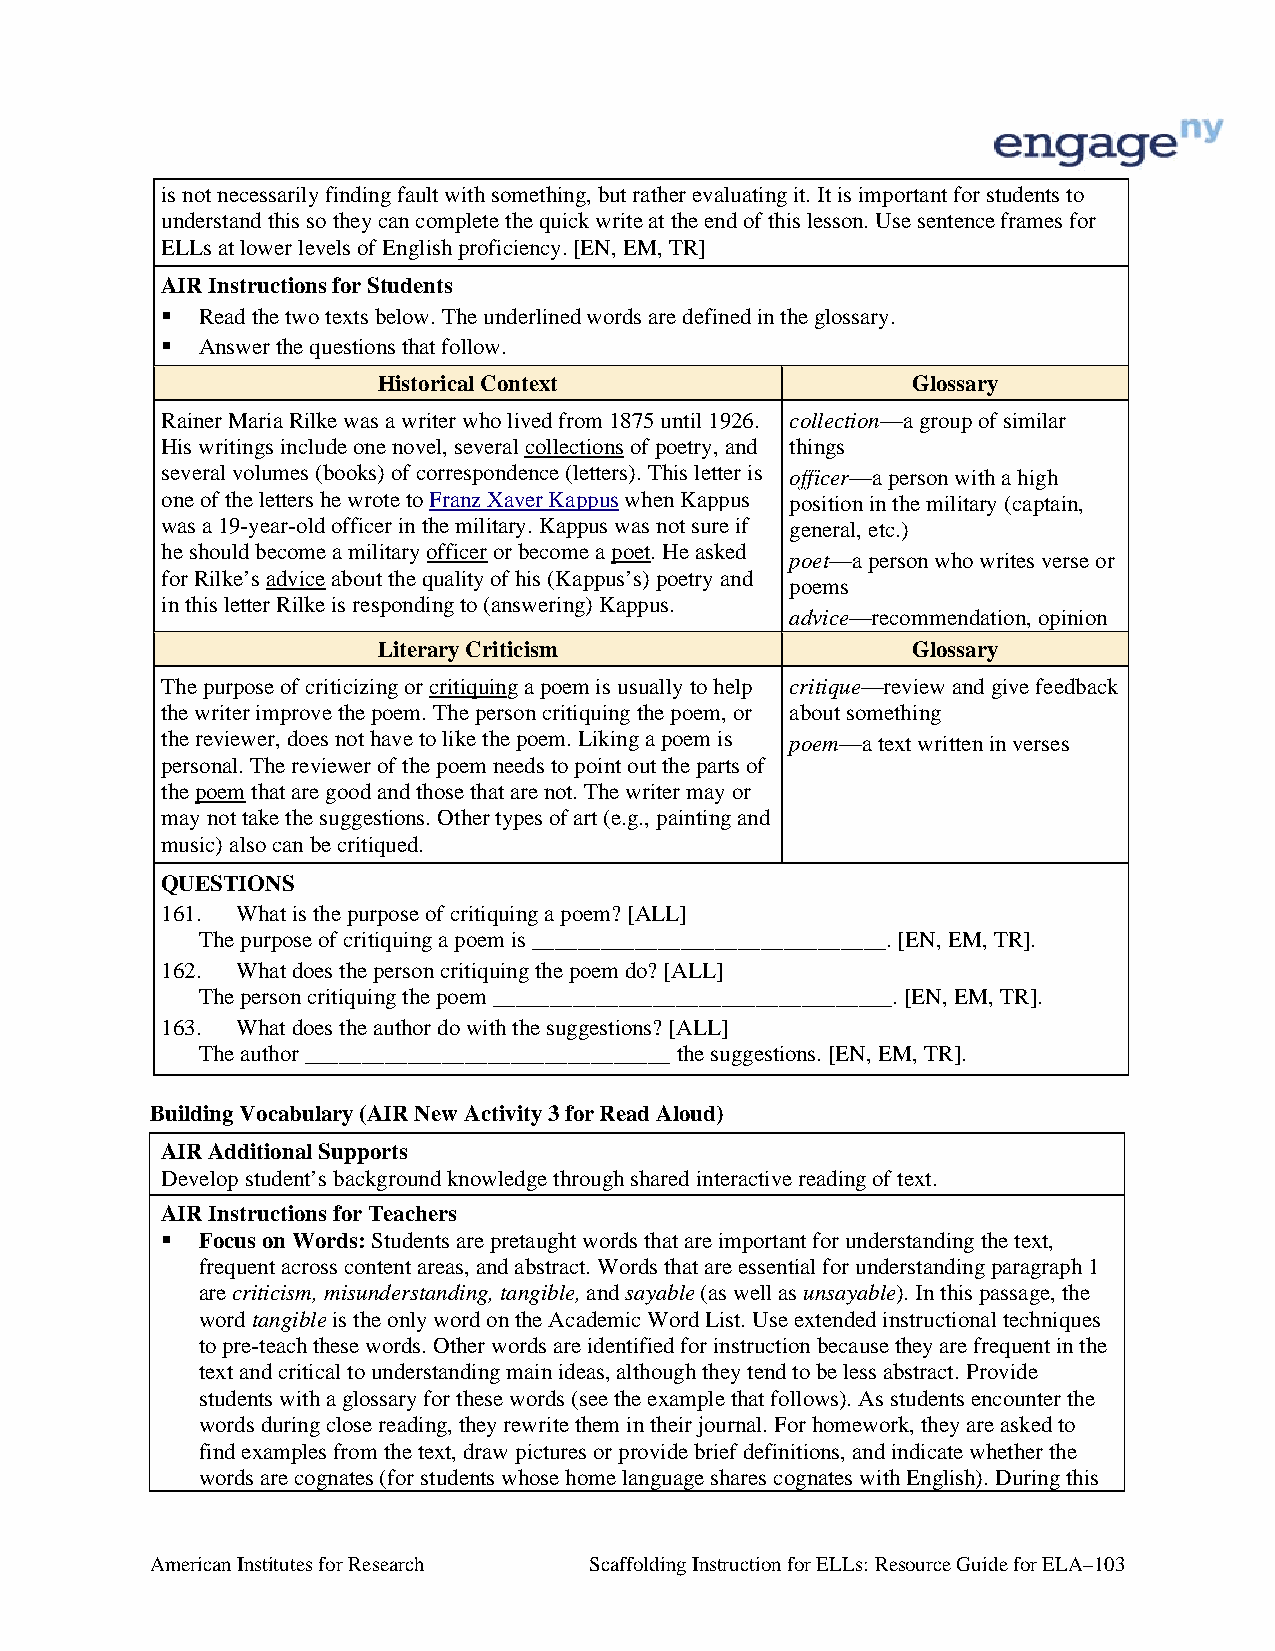
is not necessarily finding fault with something, but rather evaluating it. It is important for students to
 understand this so they can complete the quick write at the end of this lesson. Use sentence frames for
 ELLs at lower levels of English proficiency. [EN, EM, TR]
 AIR Instructions for Students
  Read the two texts below. The underlined words are defined in the glossary.
  Answer the questions that follow.
 Historical Context                 Glossary
 Rainer Maria Rilke was a writer who lived from 1875 until 1926. collection—a group of similar
 His writings include one novel, several collections of poetry, and things
 several volumes (books) of correspondence (letters). This letter is officer—a person with a high
 one of the letters he wrote to Franz Xaver Kappus when Kappus position in the military (captain,
 was a 19-year-old officer in the military. Kappus was not sure if general, etc.)
 he should become a military officer or become a poet. He asked
 poet—a person who writes verse or
 for Rilke’s advice about the quality of his (Kappus’s) poetry and
 poems
 in this letter Rilke is responding to (answering) Kappus.
 advice—recommendation, opinion
 Literary Criticism                 Glossary
 The purpose of criticizing or critiquing a poem is usually to help critique—review and give feedback
 the writer improve the poem. The person critiquing the poem, or about something
 the reviewer, does not have to like the poem. Liking a poem is poem—a text written in verses
 personal. The reviewer of the poem needs to point out the parts of
 the poem that are good and those that are not. The writer may or
 may not take the suggestions. Other types of art (e.g., painting and
 music) also can be critiqued.
 QUESTIONS
 161. What is the purpose of critiquing a poem? [ALL]
 The purpose of critiquing a poem is _______________________________. [EN, EM, TR].
 162. What does the person critiquing the poem do? [ALL]
 The person critiquing the poem ___________________________________. [EN, EM, TR].
 163. What does the author do with the suggestions? [ALL]
 The author ________________________________ the suggestions. [EN, EM, TR].
 Building Vocabulary (AIR New Activity 3 for Read Aloud)
 AIR Additional Supports
 Develop student’s background knowledge through shared interactive reading of text.
 AIR Instructions for Teachers
  Focus on Words: Students are pretaught words that are important for understanding the text,
 frequent across content areas, and abstract. Words that are essential for understanding paragraph 1
 are criticism, misunderstanding, tangible, and sayable (as well as unsayable). In this passage, the
 word tangible is the only word on the Academic Word List. Use extended instructional techniques
 to pre-teach these words. Other words are identified for instruction because they are frequent in the
 text and critical to understanding main ideas, although they tend to be less abstract. Provide
 students with a glossary for these words (see the example that follows). As students encounter the
 words during close reading, they rewrite them in their journal. For homework, they are asked to
 find examples from the text, draw pictures or provide brief definitions, and indicate whether the
 words are cognates (for students whose home language shares cognates with English). During this
 American Institutes for Research Scaffolding Instruction for ELLs: Resource Guide for ELA–103